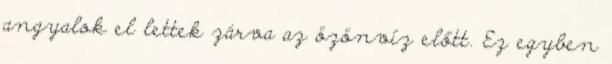
angyalok el lettek zárva az özönvíz előtt. Ez egyben